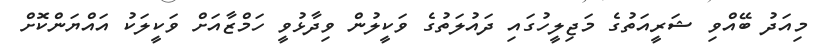
މިއަދު ބޭއްވި ޝަރީއަތުގެ މަޖިލީހުގައި ދައުލަތުގެ ވަކީލުން ވިދާޅުވީ ހަމްޒާއަށް ވަކީލަކު އައްޔަންކޮށް